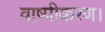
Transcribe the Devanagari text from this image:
वाष्पीकरण।